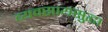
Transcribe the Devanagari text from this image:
व्यवसायसुद्धा